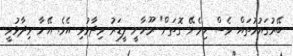
ބޭރުގައުމުތައް ވެސް ހިމެނޭ ގޮތަށް" ރޫހާނީ ލީޑަރު ވިދާޅުވި އެވެ. އޭނާ ވިދާޅުވީ